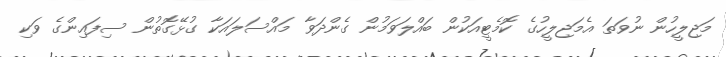
މަޖިލީހުން ނުވަތަ އެމަޖިލީހުގެ ކޮމެޓީއަކުން ބައްލަވަމުން ގެންދަވާ މައްސަލައަކާ ގުޅޭގޮތުން ސިފައިންގެ ވަކި